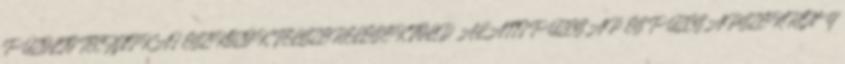
TÛZOLTÓ TECHNIKAI ESZKÖZÖK, FELSZERELÉSEK FÖLD ALATTI TÛZCSAP ÉS TÛZCSAPSZEKRÉNY